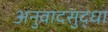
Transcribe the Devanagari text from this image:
अनुवादसुद्धा